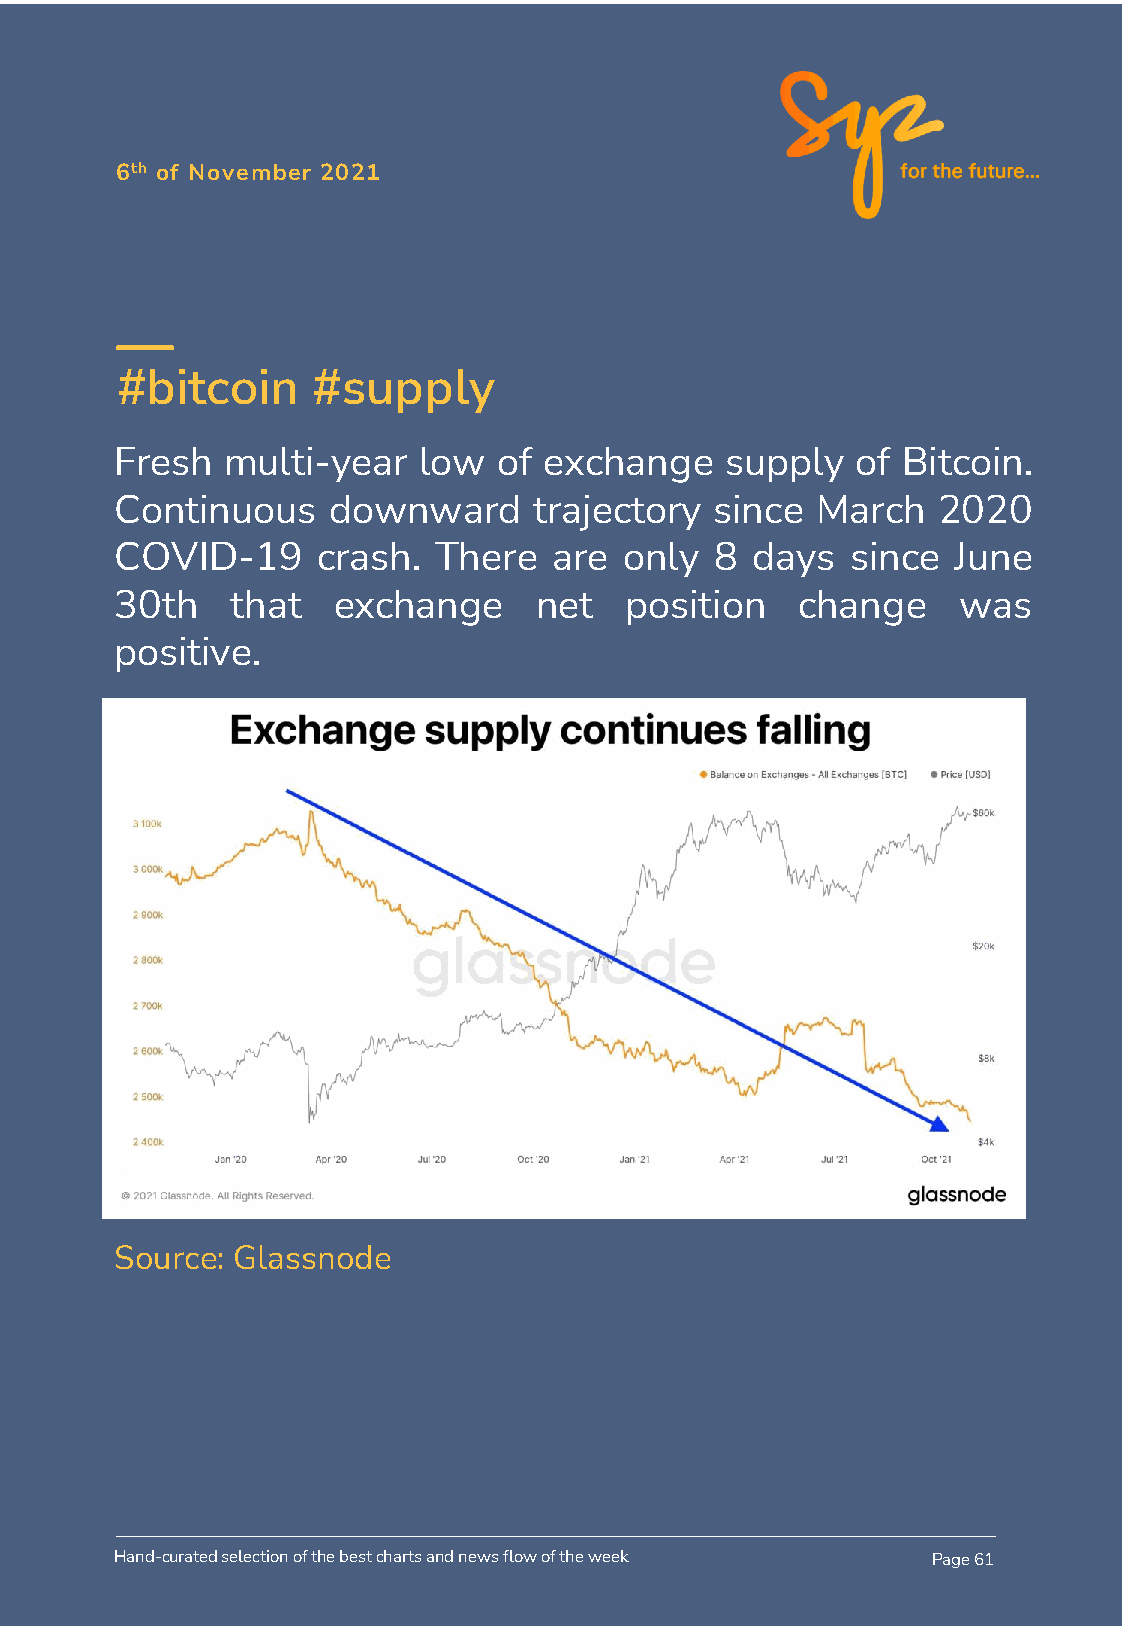
6th of November 2021
 #bitcoin     #supply
 Fresh  multi-year   low  of exchange    supply   of Bitcoin.
 Continuous    downward     trajectory  since  March   2020
 COVID-19     crash.  There   are only  8  days  since  June
 30th   that   exchange     net   position    change    was
 positive.
 Source: Glassnode
 Hand-curated selection of the best charts and news flow of the week Page 61